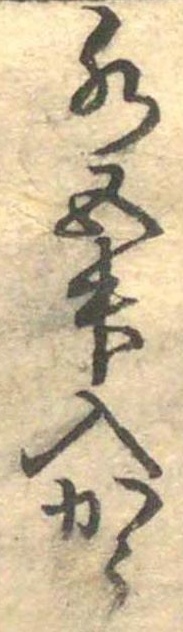
水五升入かう